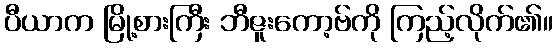
ပီယာက မြို့စားကြီး ဘီဇူးကော့ဗ်ကို ကြည့်လိုက်၏။